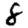
Digit: 8